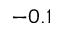
- 0 . 1